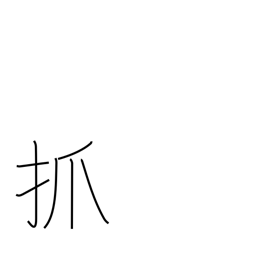
Meaning: pick